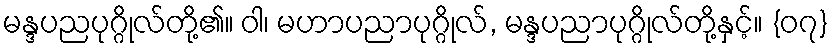
မန္ဒပညပုဂ္ဂိုလ်တို့၏။ ဝါ၊ မဟာပညာပုဂ္ဂိုလ်, မန္ဒပညာပုဂ္ဂိုလ်တို့နှင့်။ {၀၇}